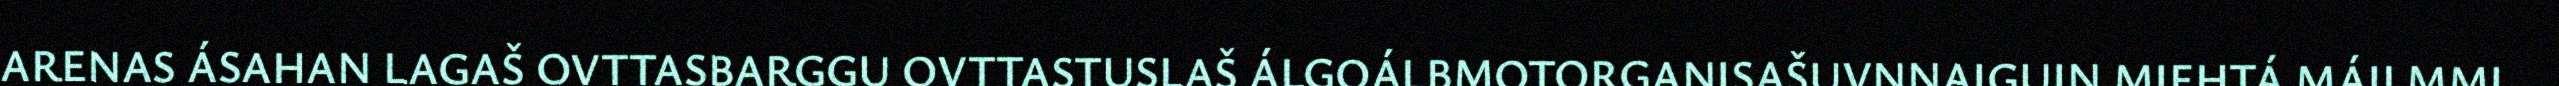
ARENAS ÁSAHAN LAGAŠ OVTTASBARGGU OVTTASTUSLAŠ ÁLGOÁLBMOTORGANISAŠUVNNAIGUIN MIEHTÁ MÁILMMI.